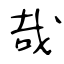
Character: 哉